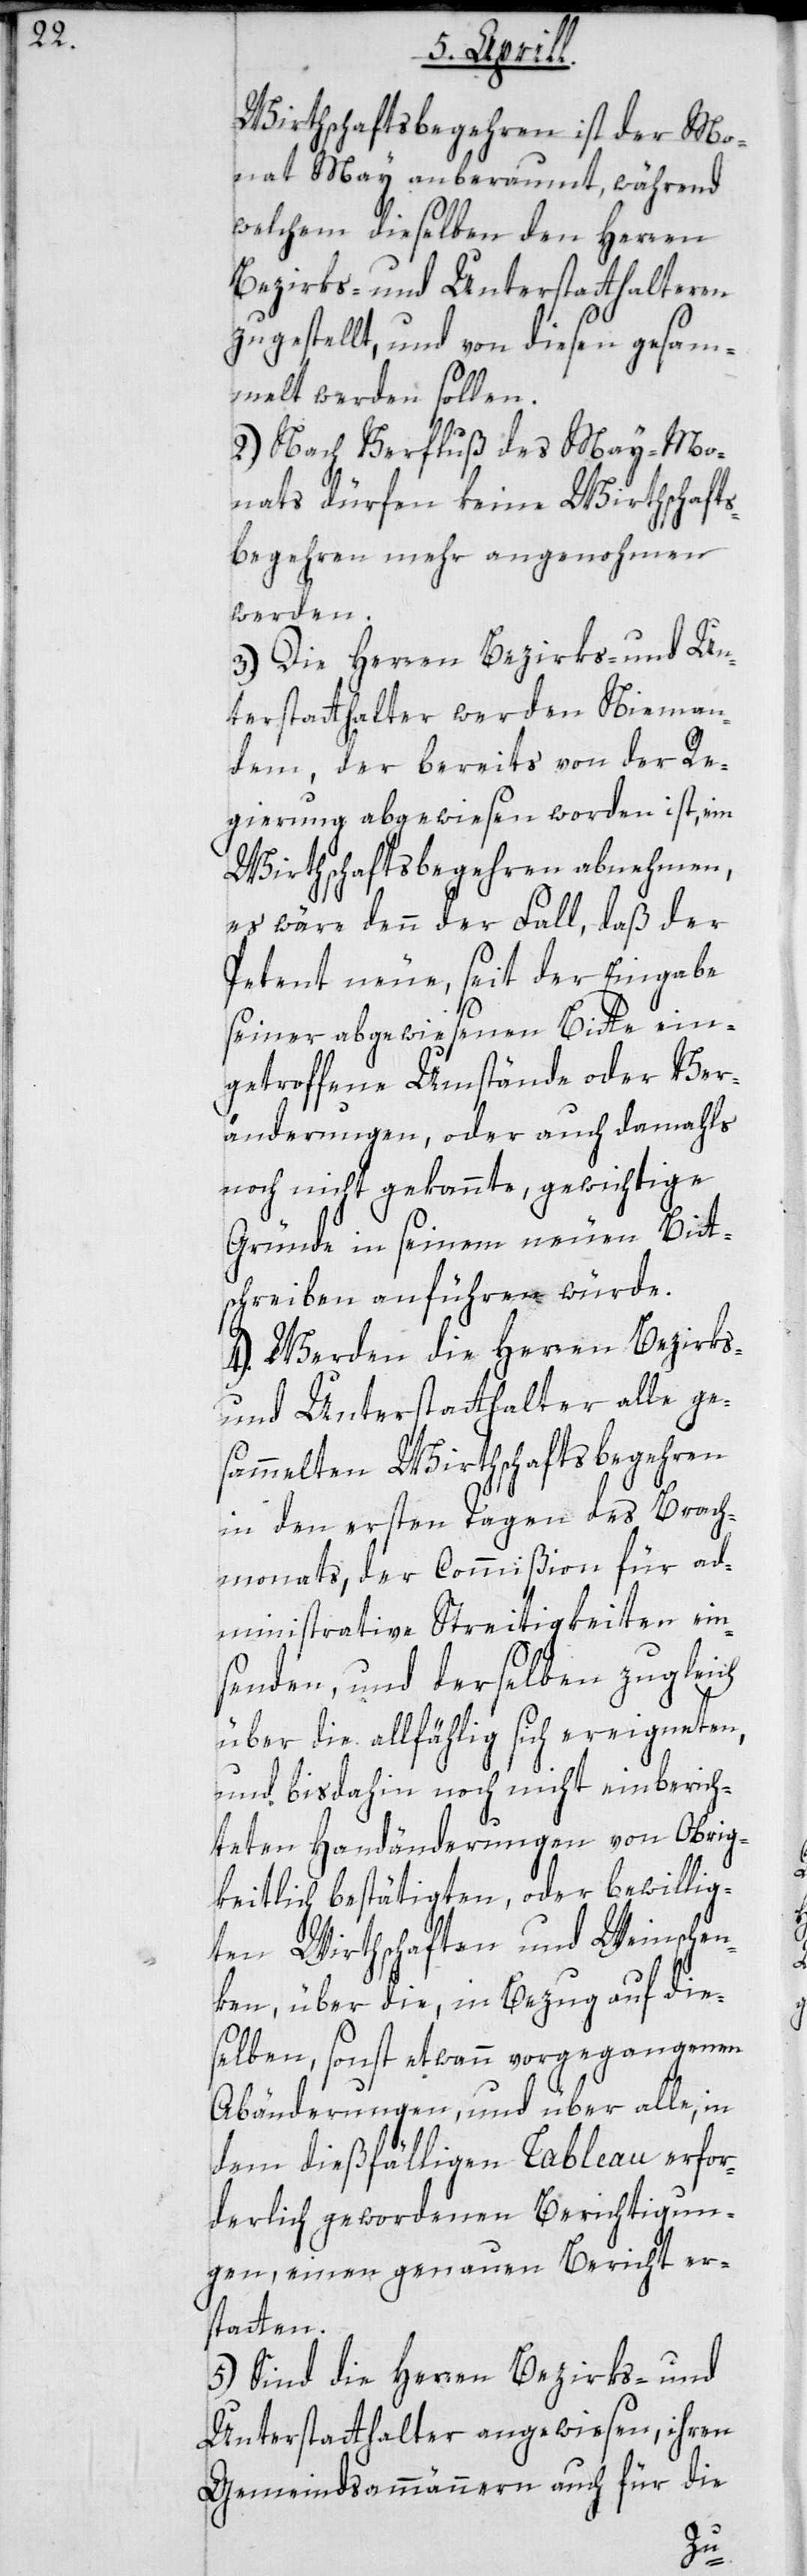
Wirthschaftsbegehren ist der Mo¬
nat May anberaumt, während
welchem dieselben den Herren
Bezirks- und Unterstatthalteren
zugestellt, und von diesen gesam¬
melt werden sollen.
2.) Nach Verfluß des May-Mo¬
nats dürfen keine Wirthschafts¬
begehren mehr angenohmen
werden.
3.) Die Herren Bezirks- und Un¬
terstatthalter werden Nieman¬
dem, der bereits von der Re¬
gierung abgewiesen worden ist, ein
Wirthschaftsbegehren abnehmen,
es wäre dann der Fall, daß der
Petent neue, seit der Eingabe
seiner abgewiesenen Bitte ein¬
getroffene Umstände oder Ver¬
änderungen, oder auch damahls
noch nicht gekannte, gewichtige
Gründe in seinem neuen Bitt¬
schreiben anführen würde.
4.) Werden die Herren Bezirks-
und Unterstatthalter alle ge¬
sammelten Wirthschaftsbegehren
in den ersten Tagen des Brach¬
monats, der Commißion für ad¬
ministrative Streitigkeiten ein¬
senden, und derselben zugleich
über die allfählig sich ereigneten,
und bisdahin noch nicht einberich¬
teten Handänderungen von Obrig¬
keitlich bestätigten, oder bewillig¬
ten Wirthschaften und Weinschen¬
ken, über die, in Bezug auf die¬
selben, sonst etwann vorgegangenen
Abänderungen und über alle, in
dem dießfälligen Tableau erfor¬
derlich gewordenen Berichtigun¬
gen, einen genauen Bericht er¬
statten.
5.) Sind die Herren Bezirks- und
Unterstatthalter angewiesen, ihren
Gemeindsammännern auch für die